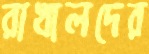
রাখালদের